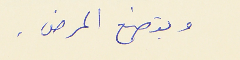
ويتصنع المرض .